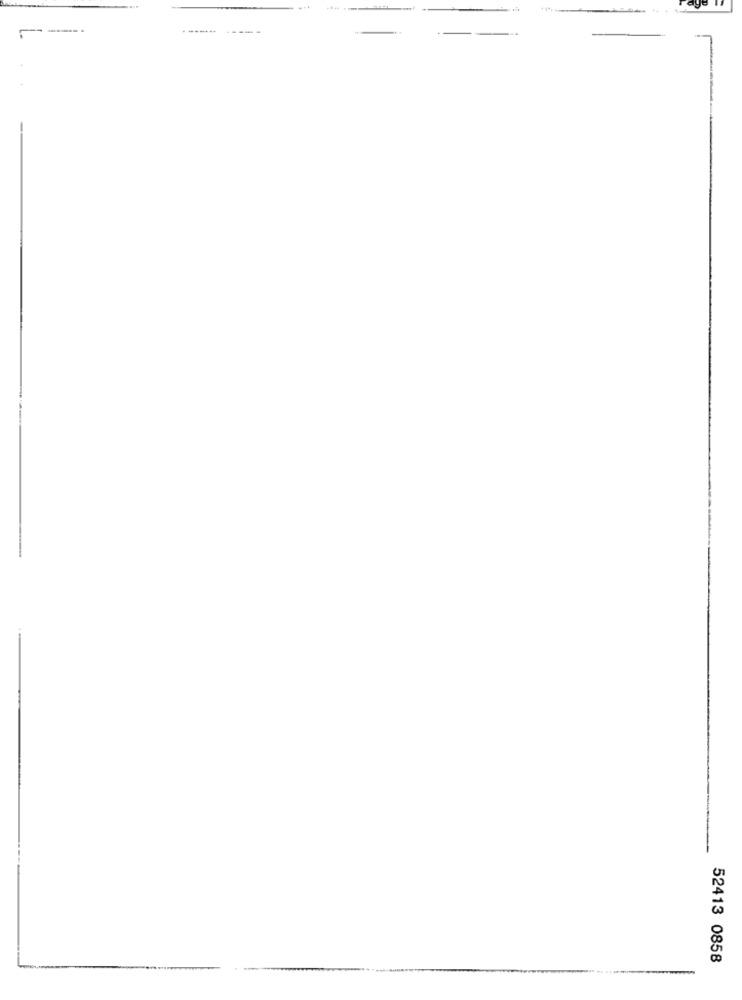
----...
52413 0858